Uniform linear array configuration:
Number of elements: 24
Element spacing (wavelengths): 1
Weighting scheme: hamming
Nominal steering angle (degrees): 15
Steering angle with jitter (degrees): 13.958
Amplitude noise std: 0.05
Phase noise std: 0.05

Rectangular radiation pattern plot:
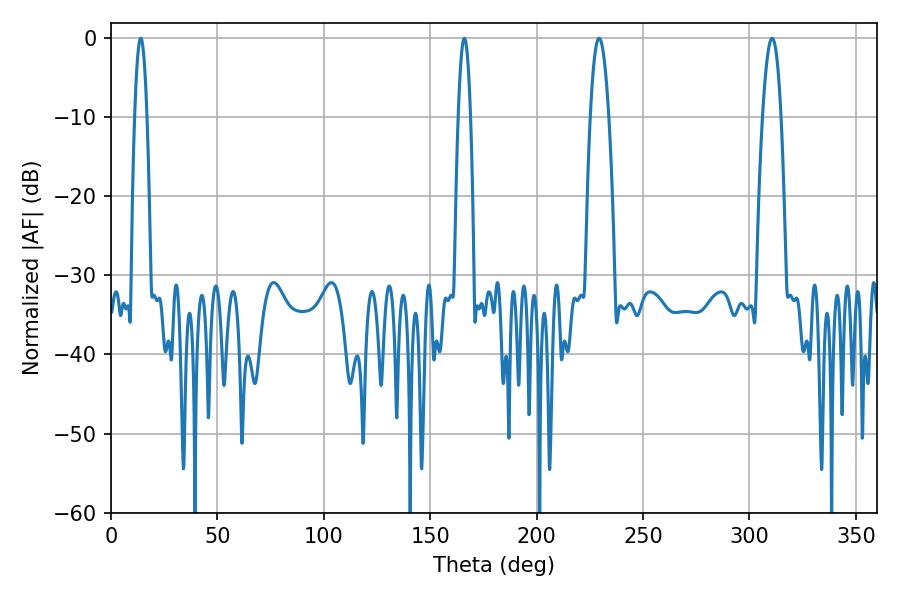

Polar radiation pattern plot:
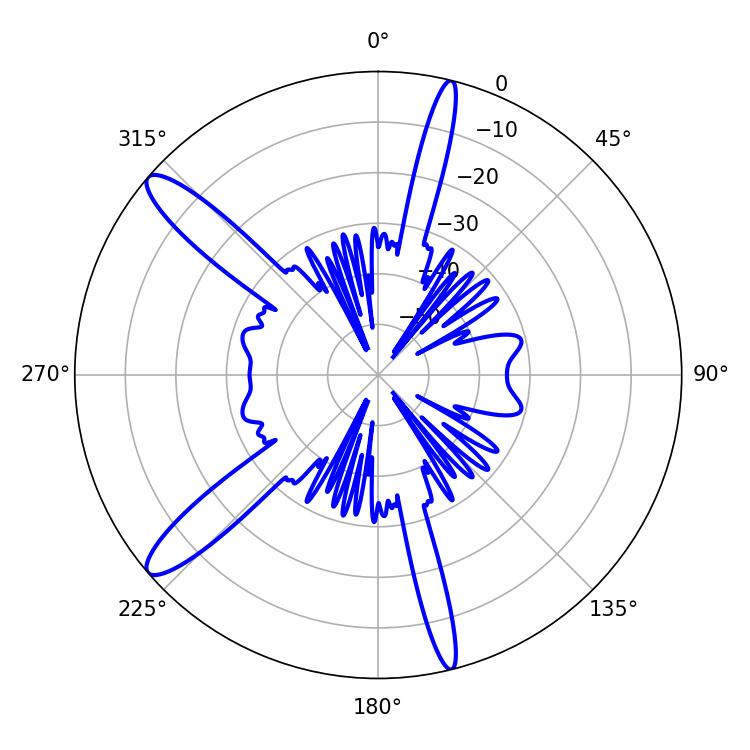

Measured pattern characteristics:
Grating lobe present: TRUE
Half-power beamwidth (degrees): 4.86
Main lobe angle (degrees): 229.32